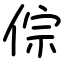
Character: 倧